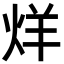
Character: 烊